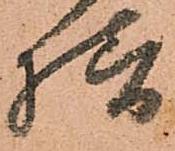
様